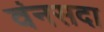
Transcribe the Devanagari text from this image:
वंनसदा